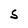
Character: S